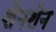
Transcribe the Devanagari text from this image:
शेनशेन